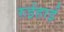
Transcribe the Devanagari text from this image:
रुईहाई